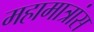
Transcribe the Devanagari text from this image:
महामात्रांस